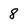
Character: 8